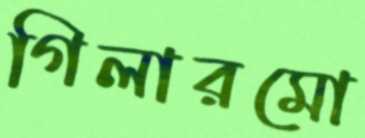
গিলারমো